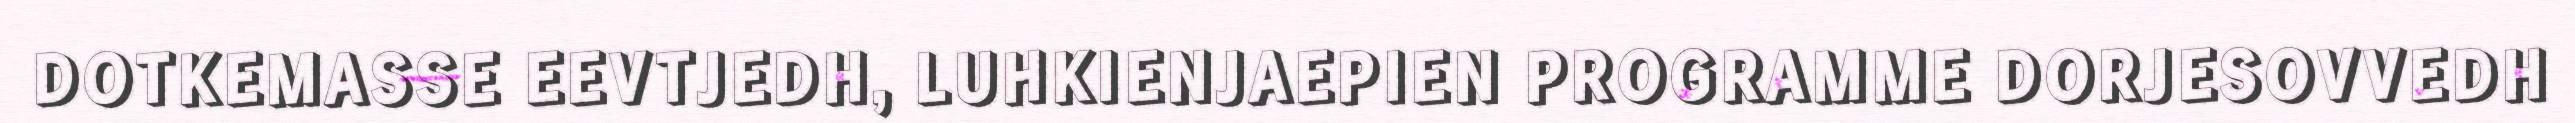
DOTKEMASSE EEVTJEDH, LUHKIENJAEPIEN PROGRAMME DORJESOVVEDH